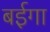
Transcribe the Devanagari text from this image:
बईगा